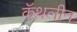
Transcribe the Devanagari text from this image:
कॅथलीन